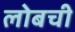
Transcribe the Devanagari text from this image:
लोबची